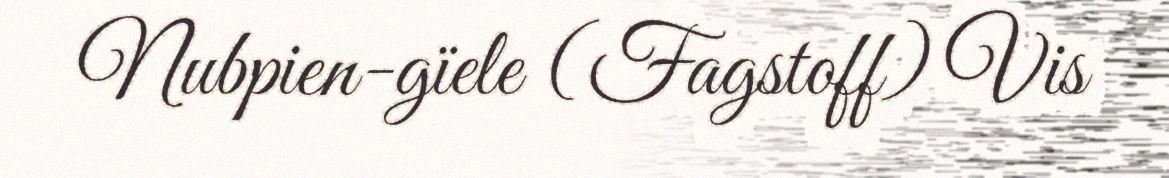
Nubpien-gïele (Fagstoff) Vis